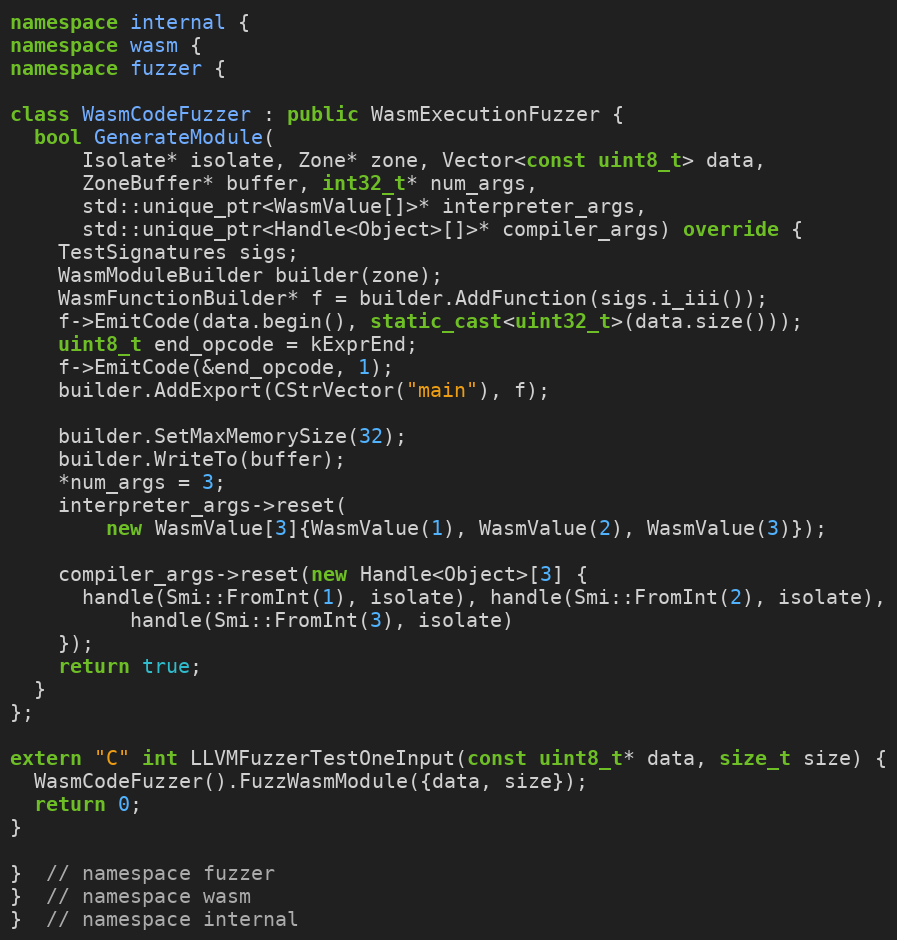
Language: C++
namespace internal {
namespace wasm {
namespace fuzzer {

class WasmCodeFuzzer : public WasmExecutionFuzzer {
  bool GenerateModule(
      Isolate* isolate, Zone* zone, Vector<const uint8_t> data,
      ZoneBuffer* buffer, int32_t* num_args,
      std::unique_ptr<WasmValue[]>* interpreter_args,
      std::unique_ptr<Handle<Object>[]>* compiler_args) override {
    TestSignatures sigs;
    WasmModuleBuilder builder(zone);
    WasmFunctionBuilder* f = builder.AddFunction(sigs.i_iii());
    f->EmitCode(data.begin(), static_cast<uint32_t>(data.size()));
    uint8_t end_opcode = kExprEnd;
    f->EmitCode(&end_opcode, 1);
    builder.AddExport(CStrVector("main"), f);

    builder.SetMaxMemorySize(32);
    builder.WriteTo(buffer);
    *num_args = 3;
    interpreter_args->reset(
        new WasmValue[3]{WasmValue(1), WasmValue(2), WasmValue(3)});

    compiler_args->reset(new Handle<Object>[3] {
      handle(Smi::FromInt(1), isolate), handle(Smi::FromInt(2), isolate),
          handle(Smi::FromInt(3), isolate)
    });
    return true;
  }
};

extern "C" int LLVMFuzzerTestOneInput(const uint8_t* data, size_t size) {
  WasmCodeFuzzer().FuzzWasmModule({data, size});
  return 0;
}

}  // namespace fuzzer
}  // namespace wasm
}  // namespace internal